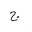
Letter: _gim